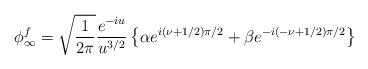
LaTeX: \begin{align*}\phi_\infty^f = \sqrt{ 1 \over 2 \pi} { e^{-i u} \over u^{3/2} } \left \{ \alpha e^{i(\nu +1/2)\pi/2} + \beta e^{-i(-\nu +1/2)\pi/2}\right \}\end{align*}